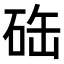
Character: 𥒋